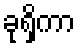
ခုရှိကာ